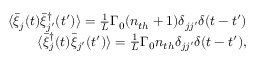
\begin{array} { r l r } & { } & { \langle \bar { \xi } _ { j } ( t ) \bar { \xi } _ { j ^ { \prime } } ^ { \dag } ( t ^ { \prime } ) \rangle = \frac { 1 } { L } \Gamma _ { 0 } ( n _ { t h } + 1 ) \delta _ { j j ^ { \prime } } \delta ( t - t ^ { \prime } ) } \\ & { } & { \langle \bar { \xi } _ { j } ^ { \dag } ( t ) \bar { \xi } _ { j ^ { \prime } } ( t ^ { \prime } ) \rangle = \frac { 1 } { L } \Gamma _ { 0 } n _ { t h } \delta _ { j j ^ { \prime } } \delta ( t - t ^ { \prime } ) , } \end{array}